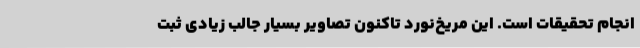
انجام تحقیقات است. این مریخ‌نورد تاکنون تصاویر بسیار جالب زیادی ثبت